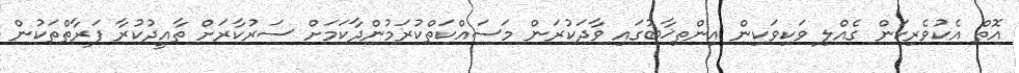
އޮތް އެކުވެރިކަން ގެއްލި ވަކިވަކިން އިންތިޚާބުގައި ވާދަކުރަން މަސައްކަތްކުރަމުންދާކަމަށް ސަރުކާރަށް ތާއީދުކުރާ ފަރާތްތަކުން